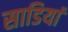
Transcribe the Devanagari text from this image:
साडियां